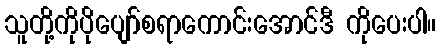
သူတို့ကိုပိုပျော်စရာကောင်းအောင်ဒီ ကိုပေးပါ။